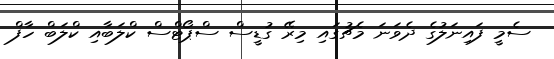
ސެމީ ފައިނަލުގެ ދެވަނަ މެޗުގައި މިރޭ ގުޑީސް ސްޕޯޓްސް ކްލަބާއި ކްލަބް ހާފް